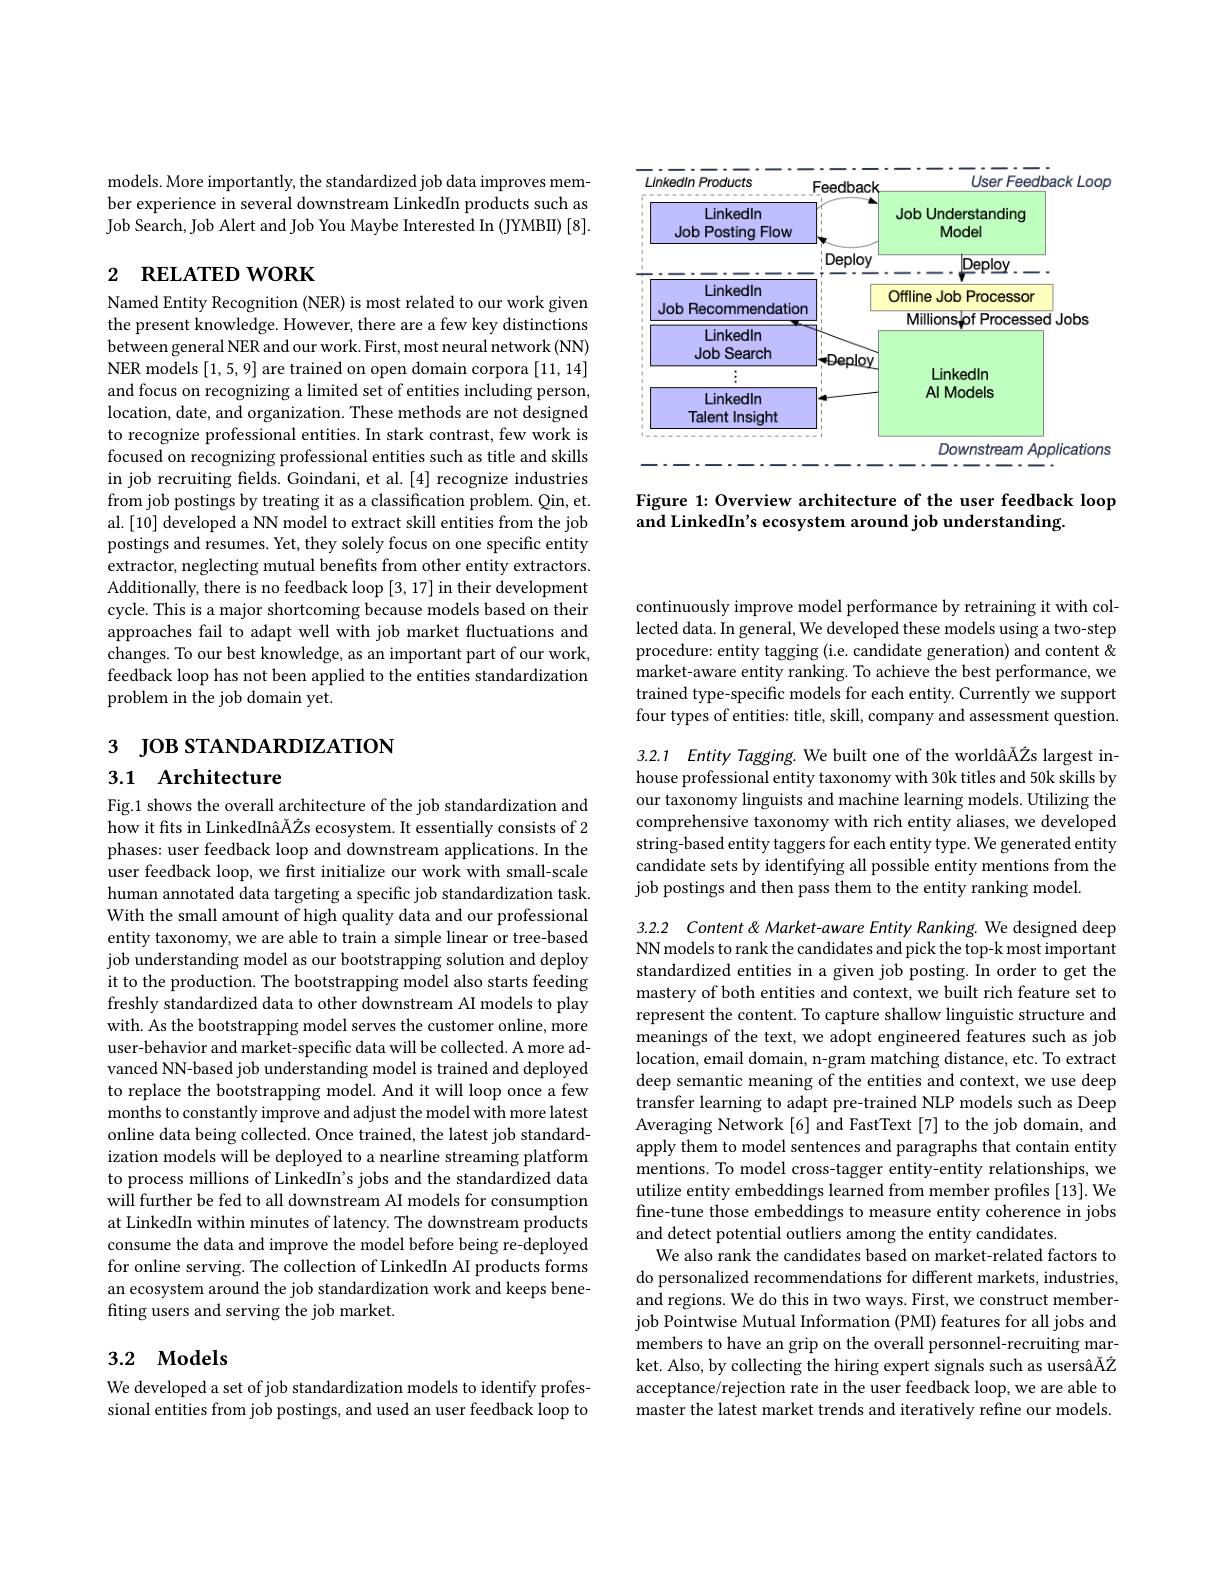
<FigureHere>

Figure 1: Overview architecture of the user feedback loop
and LinkedIn's ecosystem around job understanding.

models. More importantly, the standardized job data improves member experience in several downstream LinkedIn products such as Job Search, Job Alert and Job You Maybe Interested In (JYMBII) [8].

# 2 RELATED WORK

Named Entity Recognition (NER) is most related to our work given the present knowledge. However, there are a few key distinctions between general NER and our work. First, most neural network (NN) NER models [1,5,9] are trained on open domain corpora [11,14] and focus on recognizing a limited set of entities including person, location, date, and organization. These methods are not designed to recognize professional entities. In stark contrast, few work is focused on recognizing professional entities such as title and skills in job recruiting fields. Goindani, et al. [4] recognize industries from job postings by treating it as a classification problem. Qin, et. al. [10] developed a NN model to extract skill entities from the job postings and resumes. Yet, they solely focus on one specific entity extractor, neglecting mutual benefits from other entity extractors. Additionally, there is no feedback loop [3,17] in their development cycle. This is a major shortcoming because models based on their approaches fail to adapt well with job market fluctuations and changes. To our best knowledge, as an important part of our work, feedback loop has not been applied to the entities standardization problem in the job domain yet.

# з JOв STANDARDIZATION

## 3.1 Architecture

Fig.1 shows the overall architecture of the job standardization and how it fits in LinkedInâ$\tilde{\text{A}Z}$s ecosystem. It essentially consists of 2 phases: user feedback loop and downstream applications. In the $\dot{\text{user feedback loop, we first initialize our work with small-scale}}$ human annotated data targeting a specific job standardization task. With the small amount of high quality data and our professional entity taxonomy, we are able to train a simple linear or tree-based job understanding model as our bootstrapping solution and deploy it to the production. The bootstrapping model also starts feeding freshly standardized data to other downstream AI models to play with. As the bootstrapping model serves the customer online, more user-behavior and market-specific data will be collected. A more advanced NN-based job understanding model is trained and deployed to replace the bootstrapping model. And it will loop once a few months to constantly improve and adjust the model with more latest online data being collected. Once trained, the latest job standardization models will be deployed to a nearline streaming platform to process millions of LinkedIn's jobs and the standardized data will further be fed to all downstream AI models for consumption at LinkedIn within minutes of latency. The downstream products consume the data and improve the model before being re-deployed for online serving. The collection of LinkedIn AI products forms an ecosystem around the job standardization work and keeps benefiting users and serving the job market.

# 3.2 Models

We developed a set of job standardization models to identify professional entities from job postings, and used an user feedback loop to

continuously improve model performance by retraining it with collected data. In general, We developed these models using a two-step procedure: entity tagging (i.e. candidate generation) and content & market-aware entity ranking. To achieve the best performance, we trained type-specific models for each entity. Currently we support four types of entities: title, skill, company and assessment question.

3.2.1 Entity Tagging. We built one of the worldâĂŽs largest inhouse professional entity taxonomy with 30k titles and 50k skills by our taxonomy linguists and machine learning models. Utilizing the comprehensive taxonomy with rich entity aliases, we developed string-based entity taggers for each entity type. We generated entity candidate sets by identifying all possible entity mentions from the job postings and then pass them to the entity ranking model.

3.2.2 Content &Market-aware Entity Ranking. We designed deep NN models to rank the candidates and pick the top-k most important standardized entities in a given job posting. In order to get the mastery of both entities and context, we built rich feature set to represent the content. To capture shallow linguistic structure and meanings of the text, we adopt engineered features such as job location, email domain, n-gram matching distance, etc. To extract deep semantic meaning of the entities and context, we use deep transfer learning to adapt pre-trained NLP models such as Deep Averaging Network [6] and FastText [7] to the job domain, and apply them to model sentences and paragraphs that contain entity mentions. To model cross-tagger entity-entity relationships, we utilize entity embeddings learned from member profiles [13]. We fine-tune those embeddings to measure entity coherence in jobs and detect potential outliers among the entity candidates.
We also rank the candidates based on market-related factors to do personalized recommendations for different markets, industries, and regions. We do this in two ways. First, we construct memberjob Pointwise Mutual Information (PMI) features for all jobs and members to have an grip on the overall personnel-recruiting market. Also, by collecting the hiring expert signals such as usersâÅŽ acceptance/rejection rate in the user feedback loop, we are able to master the latest market trends and iteratively refine our models.